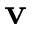
\mathbf { v }